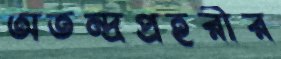
অতন্দ্রপ্রহরীর